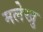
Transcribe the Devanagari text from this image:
मलेखु